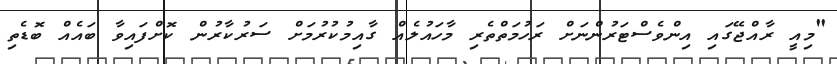
"މިއީ ރާއްޖޭގައި އިންވެސްޓަރުންނަށް ރަހުމަތްތެރި މާހައުލެއް ގާއިމުކުރުމަށް ސަރުކާރުން ކޮށްފައިވާ ބައެއް ބޮޑެތި